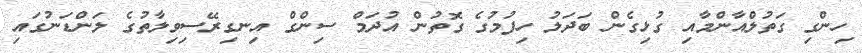
ހިންގި ގަތުލްއާންމާއި ގުޅިގެން ބަދަލު ހިފުމުގެ ގޮތުން އުދަމް ސިންގް އިނގިރޭސިވިލާތުގެ ލަންޑަނުގައި